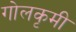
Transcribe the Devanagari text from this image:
गोलकृमी